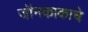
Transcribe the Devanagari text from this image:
जॉनकाकाचे